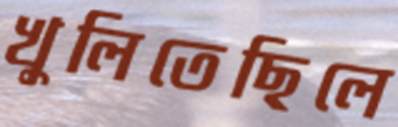
খুলিতেছিলে